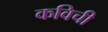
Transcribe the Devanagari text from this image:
कविची